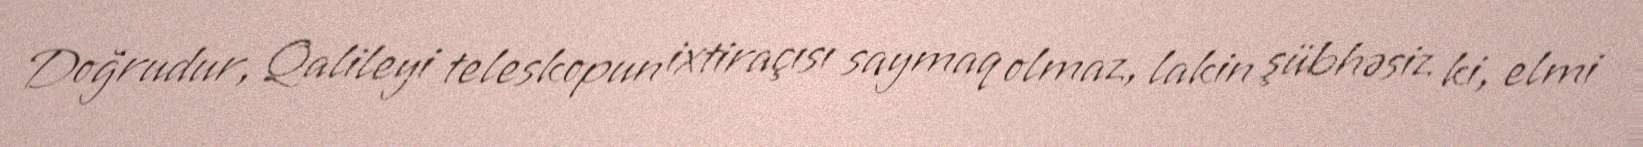
Doğrudur, Qalileyi teleskopun ixtiraçısı saymaq olmaz, lakin şübhəsiz ki, elmi